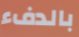
بالدفء